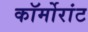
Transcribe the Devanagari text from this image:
कॉर्मोरांट